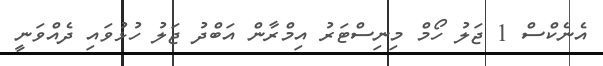
އެނެކްސް 1 ޖަލު ހޯމް މިނިސްޓަރު އިމްރާން އަބްދު ޖަލު ހުޅުވައި ދެއްވަނީ